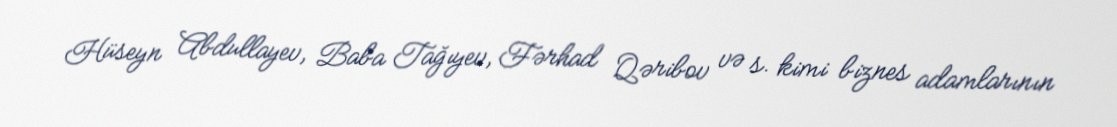
Hüseyn Abdullayev, Baba Tağıyev, Fərhad Qəribov və s. kimi biznes adamlarının